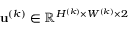
\mathbf { u } ^ { ( k ) } \in \mathbb { R } ^ { H ^ { ( k ) } \times W ^ { ( k ) } \times 2 }